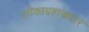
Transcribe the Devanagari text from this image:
लोकाग्रहाखातर